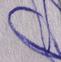
Signature authenticity: forged